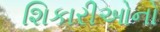
શિકારીઓનો